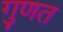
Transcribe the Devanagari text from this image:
गुणत